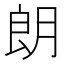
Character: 朗